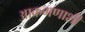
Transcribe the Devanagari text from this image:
आक्रमणाशी